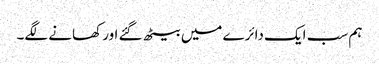
ہم سب ایک دائرے میں بیٹھ گئے اور کھانے لگے۔